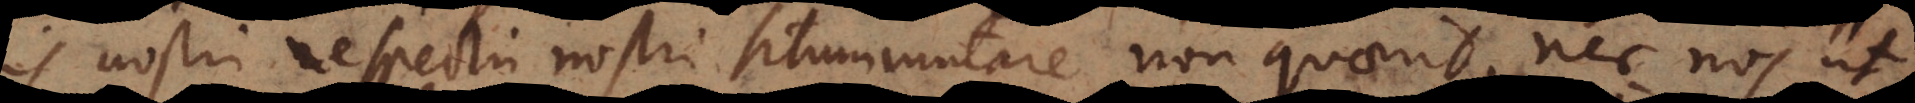
is respectu nostri situm mutare non quaerit, nec nos ut